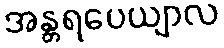
အန္တရပေယျာလ